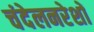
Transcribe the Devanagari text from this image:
चंदेलनरेशों